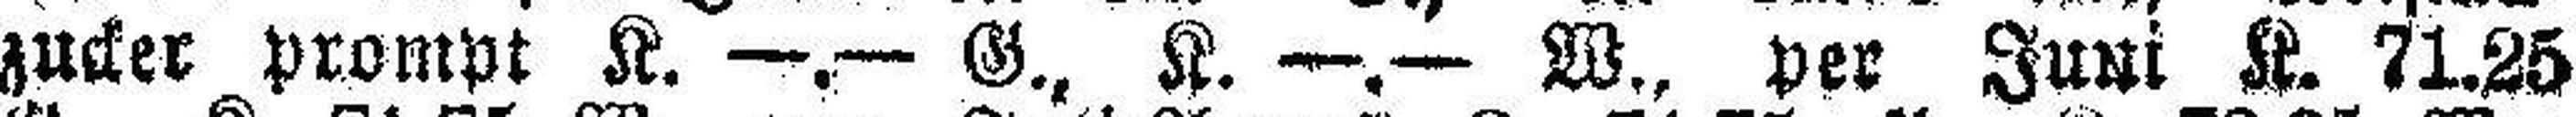
zucker prompt K. —.— G., K. —.— W., per Juni K. 71.25